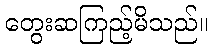
တွေးဆကြည့်မိသည်။